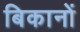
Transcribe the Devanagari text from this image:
बिकानों